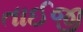
તાઈજી